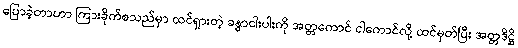
ပြောခဲ့တာဟာ ကြားခိုက်စသည်မှာ ထင်ရှားတဲ့ ခန္ဓာငါးပါးကို အတ္တကောင် ငါကောင်လို့ ထင်မှတ်ပြီး အတ္တဒိဋ္ဌိ